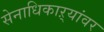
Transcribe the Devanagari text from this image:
सेनाधिकाऱ्यांवर